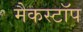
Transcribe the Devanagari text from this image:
मैकस्टॉप